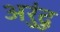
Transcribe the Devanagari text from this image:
अरुंदु